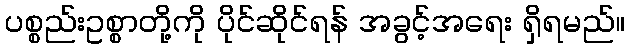
ပစ္စည်းဥစ္စာတို့ကို ပိုင်ဆိုင်ရန် အခွင့်အရေး ရှိရမည်။